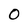
Character: 0